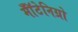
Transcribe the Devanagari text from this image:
मॉँटेनिग्रो